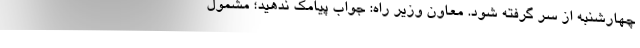
چهارشنبه از سر گرفته شود. معاون وزیر راه: جواب پیامک ندهید؛ مشمول